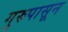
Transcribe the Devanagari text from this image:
गुरुपासून